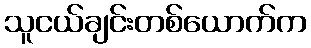
သူငယ်ချင်းတစ်ယောက်က